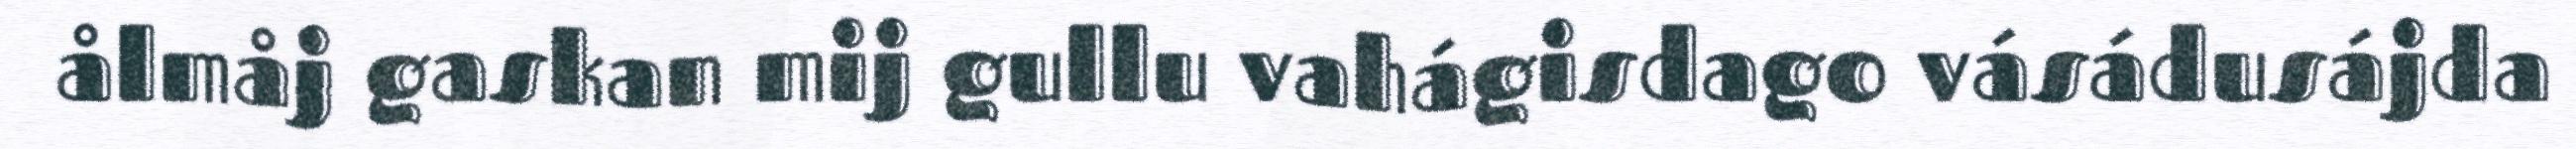
ålmåj gaskan mij gullu vahágisdago vásádusájda